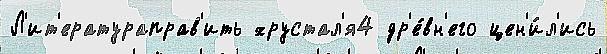
Л'ит'ератураправ'ить хрустал'я4 др'е́вн'его цен'и́л'ись